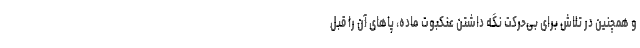
و همچنین در تلاش برای بی‌حرکت نگه داشتن عنکبوت ماده، پاهای آن را قبل